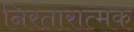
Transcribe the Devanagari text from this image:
निरंतारात्मक